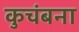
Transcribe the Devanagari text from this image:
कुचंबना